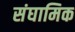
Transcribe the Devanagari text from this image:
संघामिक